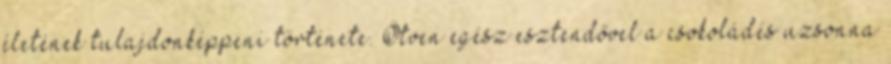
életének tulajdonképpeni története. Ötven egész esztendővel a csokoládés uzsonna